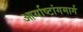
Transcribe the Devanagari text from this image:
आर्याष्टांगमार्ग